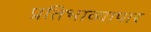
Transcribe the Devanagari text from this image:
प्रतिभाव्यापार